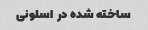
ساخته شده در  اسلونی